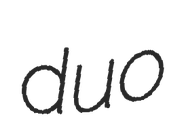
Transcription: duo